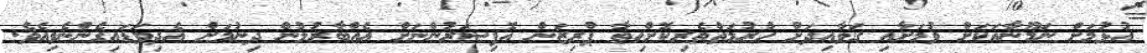
އުޅުމަށް ނަމޫނާއަކަށް ވުމަށާއި ގަވާއިދަށް ހުރުމަތްތެރިކޮށްހިތާ ޕްރިޒަން އޮފިސަރުންނަށް އެއްބާރުލުން ދިނުމަށް އެދިވަޑައިގެންނެވިއެވެ.